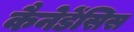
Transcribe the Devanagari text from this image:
कैनेडेंसिस